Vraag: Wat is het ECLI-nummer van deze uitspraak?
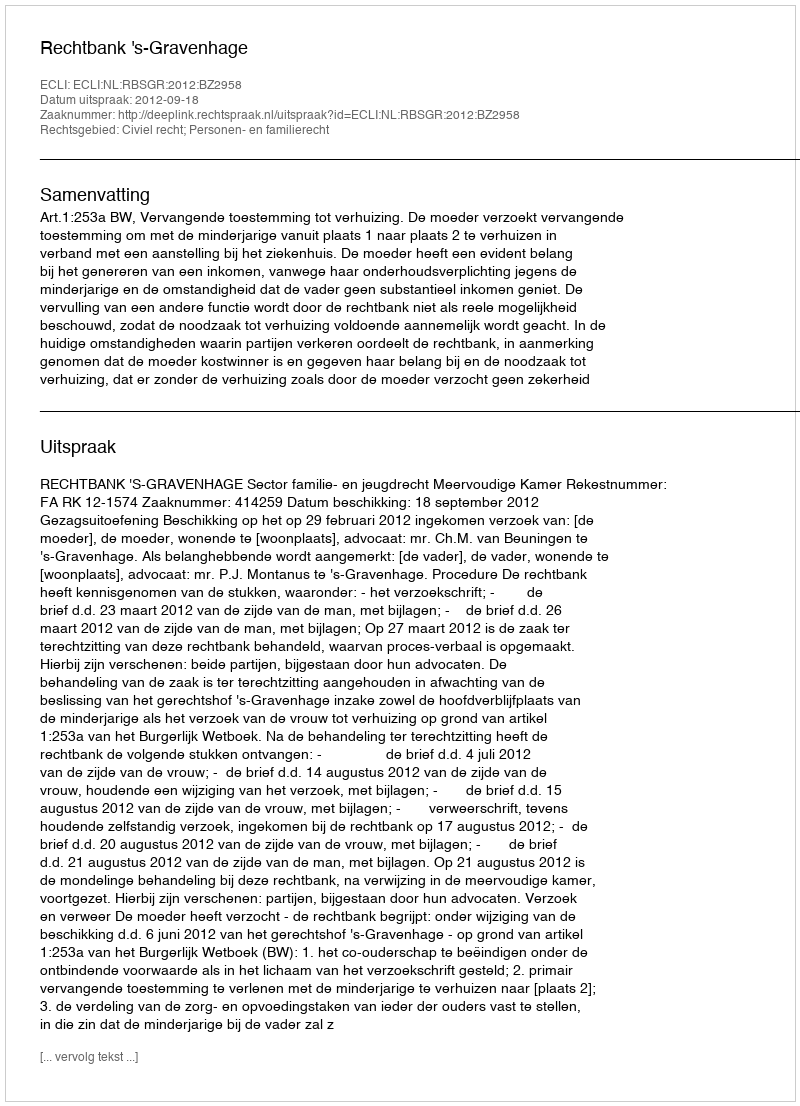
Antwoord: ECLI:NL:RBSGR:2012:BZ2958